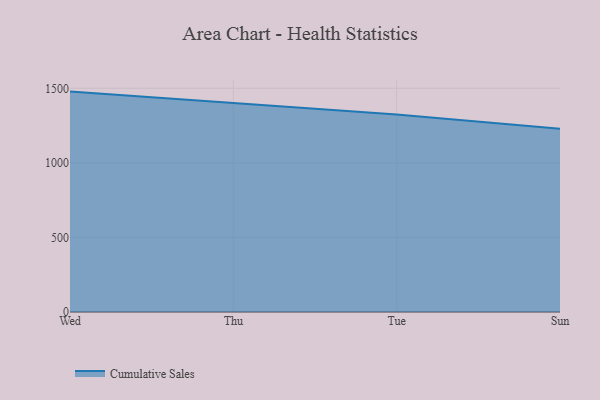
{"axis": {"x": "Day", "y": "Backlog"}, "legend": ["Cumulative Sales"], "data": [{"x": "Wed", "y": 1478.0, "type": "Cumulative Sales"}, {"x": "Thu", "y": 1399.9, "type": "Cumulative Sales"}, {"x": "Tue", "y": 1323.9, "type": "Cumulative Sales"}, {"x": "Sun", "y": 1228.7, "type": "Cumulative Sales"}]}